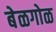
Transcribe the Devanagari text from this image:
बेळगोळ